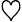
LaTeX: \heartsuit